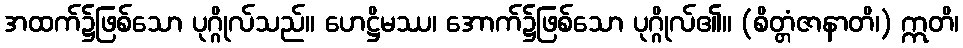
အထက်၌ဖြစ်သော ပုဂ္ဂိုလ်သည်။ ဟေဋ္ဌိမဿ၊ အောက်၌ဖြစ်သော ပုဂ္ဂိုလ်၏။ (စိတ္တံဇာနာတိ၊) ဣတိ၊